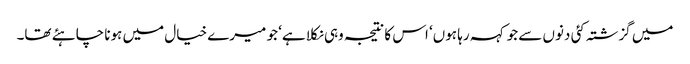
میں گزشتہ کئی دنوں سے جو کہہ رہا ہوں‘ اس کا نتیجہ وہی نکلا ہے‘ جو میرے خیال میں ہونا چاہئے تھا۔